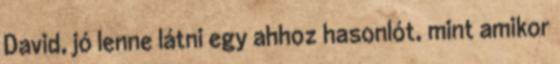
David, jó lenne látni egy ahhoz hasonlót, mint amikor